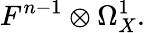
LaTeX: F^{n-1}\otimes\Omega_{X}^{1}.